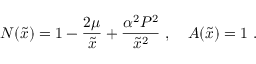
N ( \tilde { x } ) = 1 - \frac { 2 \mu } { \tilde { x } } + \frac { \alpha ^ { 2 } P ^ { 2 } } { \tilde { x } ^ { 2 } } \ , \ \ \ A ( \tilde { x } ) = 1 \ .